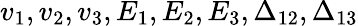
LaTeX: v_{1},v_{2},v_{3},E_{1},E_{2},E_{3},\Delta_{12},\Delta_{13}